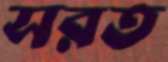
সরত